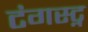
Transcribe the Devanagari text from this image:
टंगस्ट्न